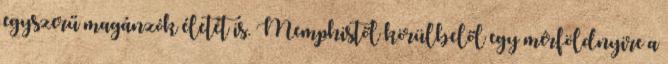
egyszerű magánzók életét is. Memphistől körülbelől egy mérföldnyire a